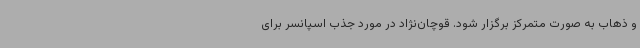
و ذهاب به صورت متمرکز برگزار شود. قوچان‌نژاد در مورد جذب اسپانسر برای